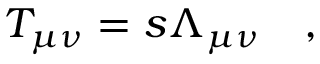
T _ { \mu \nu } = s \Lambda _ { \mu \nu } \quad ,